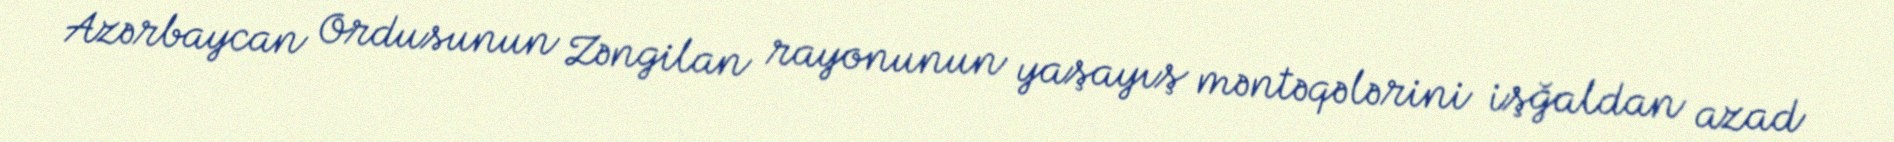
Azərbaycan Ordusunun Zəngilan rayonunun yaşayış məntəqələrini işğaldan azad